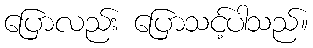
ပြောလည်း ပြောသင့်ပါသည်။